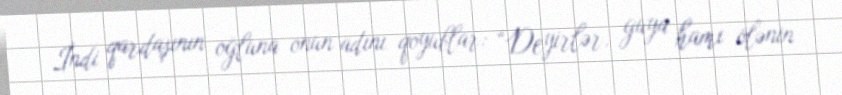
İndi qardaşının oğluna onun adını qoyublar: “Deyirlər, guya hamı ölənin